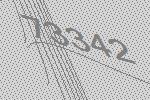
73342